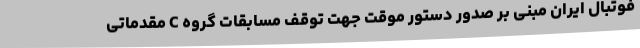
فوتبال ایران مبنی بر صدور دستور موقت جهت توقف مسابقات گروه C مقدماتی